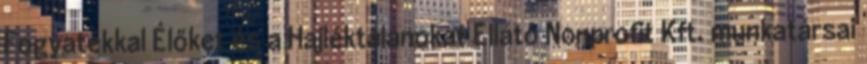
Fogyatékkal Élőket és a Hajléktalanokat Ellátó Nonprofit Kft. munkatársai